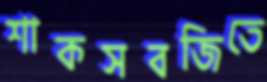
শাকসবজিতে